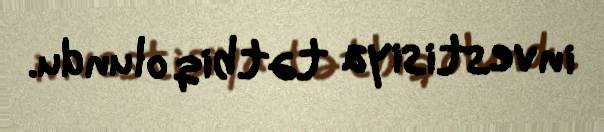
investisiya tətbiq olundu.